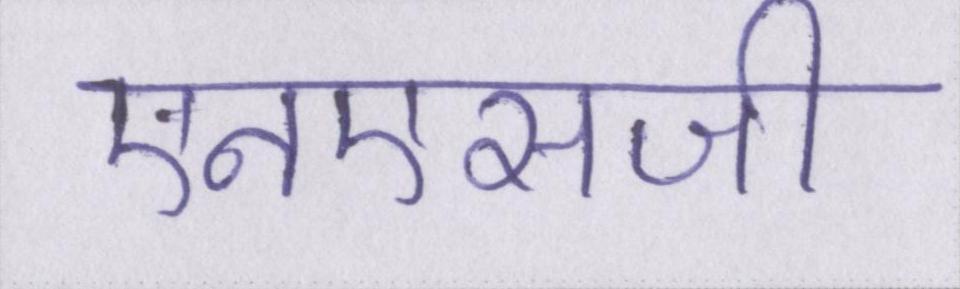
एनएसजी